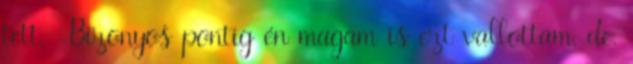
tett. -Bizonyos pontig én magam is ezt vallottam, de.